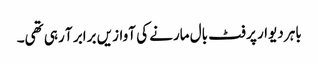
باہر دیوار پر فٹ بال مارنے کی آوازیں برابر آ رہی تھی۔